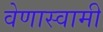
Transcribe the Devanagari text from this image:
वेणास्वामी